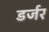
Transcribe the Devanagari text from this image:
डर्जर